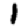
Digit: 1